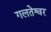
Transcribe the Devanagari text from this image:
गलतेश्वर